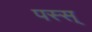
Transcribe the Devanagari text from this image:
पस्स्